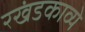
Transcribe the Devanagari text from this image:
रखंडकाव्ये